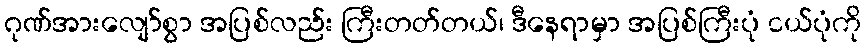
ဂုဏ်အားလျော်စွာ အပြစ်လည်း ကြီးတတ်တယ်၊ ဒီနေရာမှာ အပြစ်ကြီးပုံ ငယ်ပုံကို